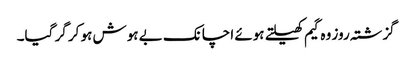
گزشتہ روز وہ گیم کھیلتے ہوئے اچانک بے ہوش ہو کر گر گیا۔